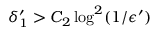
\delta _ { 1 } ^ { \prime } > C _ { 2 } \log ^ { 2 } ( 1 / \epsilon ^ { \prime } )